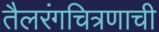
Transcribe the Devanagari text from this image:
तैलरंगचित्रणाची